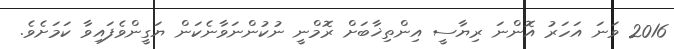
2016 ވަނަ އަހަރު އޮންނަ ރިޔާސީ އިންތިޚާބަށް ރޮމްނީ ނުކުންނަވާނެކަން ޔަގީންވެފައިވާ ކަމަށެވެ.